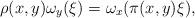
LaTeX: \begin{align*}\rho(x, y)\omega_y(\xi) = \omega_x(\pi(x, y)\xi),\end{align*}